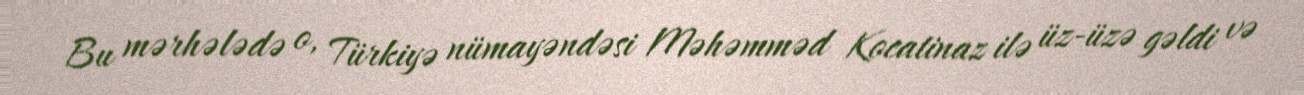
Bu mərhələdə o, Türkiyə nümayəndəsi Məhəmməd Kocatinaz ilə üz-üzə gəldi və